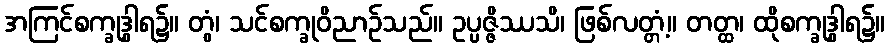
အကြင်စက္ခုဒွါရ၌။ တွံ၊ သင်စက္ခုဝိညာဉ်သည်။ ဥပ္ပဇ္ဇိဿသိ၊ ဖြစ်လတ္တံ့။ တတ္ထ၊ ထိုစက္ခုဒွါရ၌။